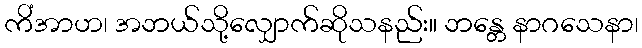
ကိံအာဟ၊ အဘယ်သို့လျှောက်ဆိုသနည်း။ ဘန္တေ နာဂသေနာ၊